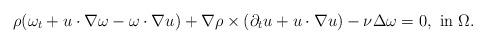
LaTeX: \begin{align*}\rho(\omega_t+u\cdot\nabla \omega-\omega\cdot\nabla u)+\nabla\rho\times(\partial_t u+u\cdot\nabla u)-\nu\Delta\omega=0,\ {\rm in}\ \Omega.\end{align*}